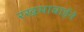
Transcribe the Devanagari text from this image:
रखमाबाईने